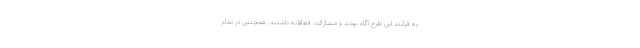
به فرآیند این طرح آگاه بودند و مشارکت فعالانه داشتند. همچنین در تمام